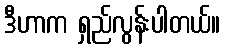
ဒီဟာက ရှည်လွန်းပါတယ်။